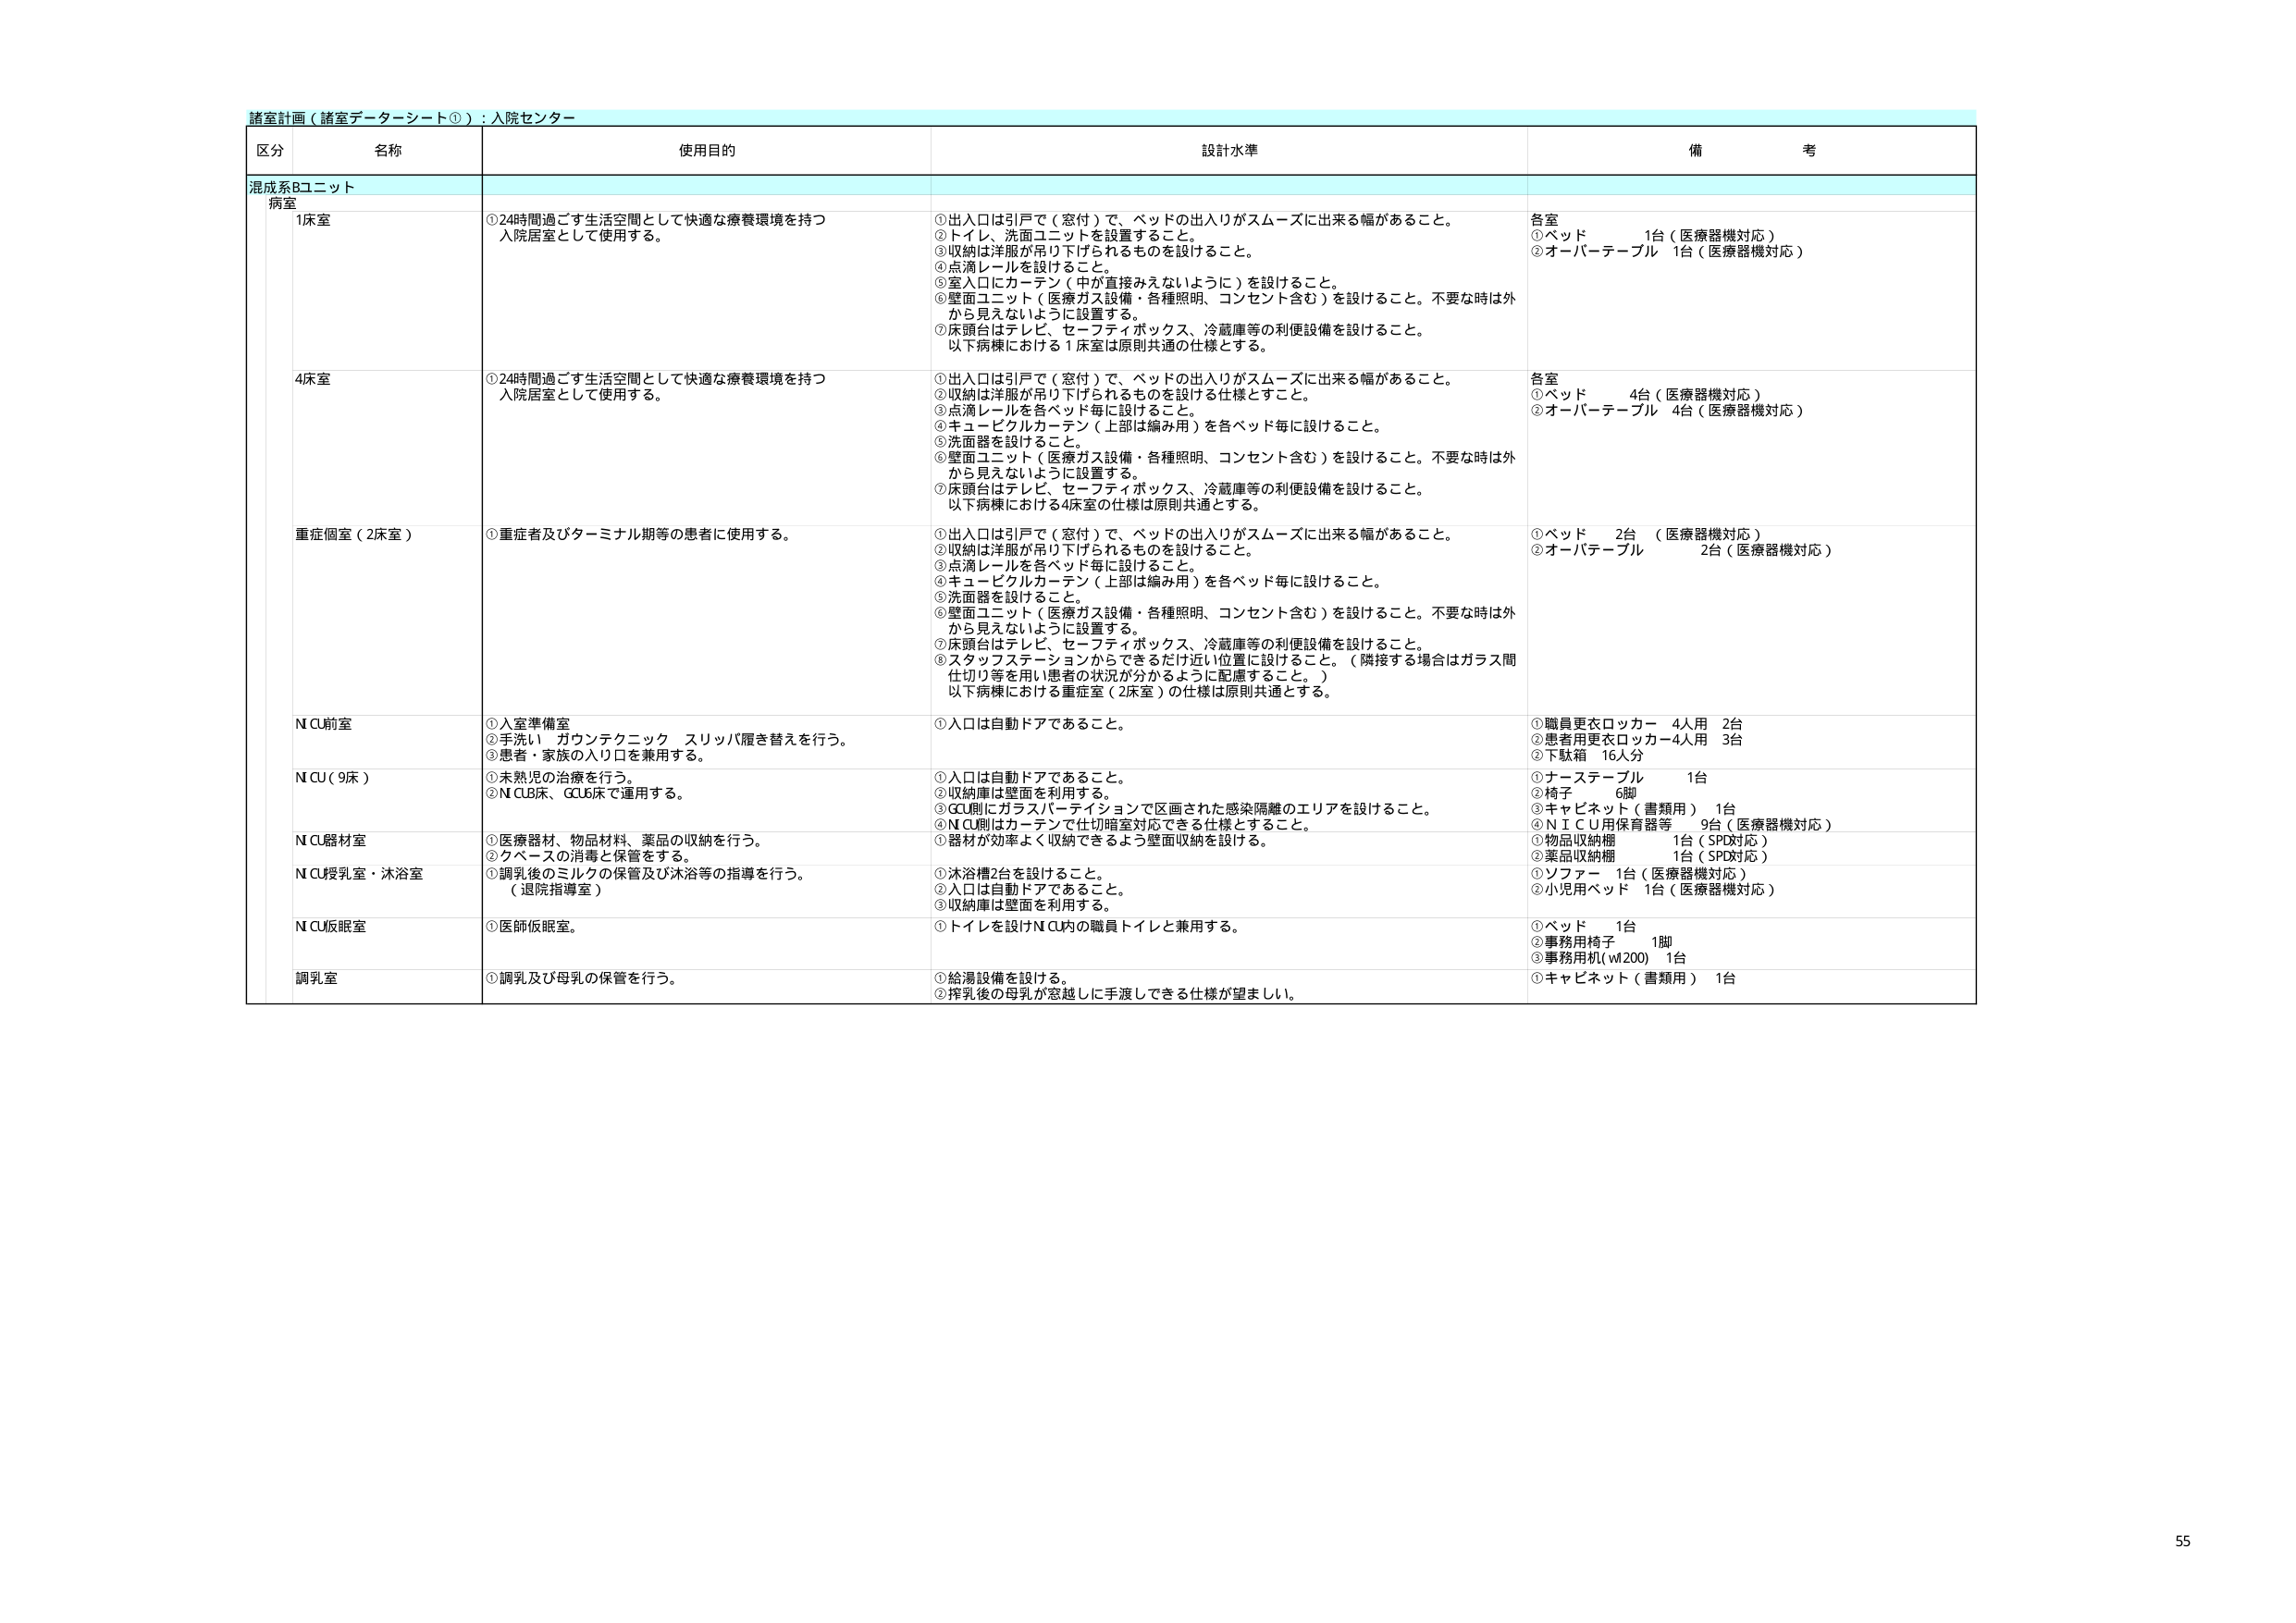
諸室計画（諸室データシート①）：入院センター

区分 名称 使用目的 設計水準 備考

混成系Bユニット
病室

1床室
①24時間過ごす生活空間として快適な療養環境を持つ
入院居室として使用する。
①出入口は引戸で（窓付）で、ベッドの出入りがスムーズに出来る幅があること。
②トイレ、洗面ユニットを設置すること。
③収納は洋服が吊り下げられるものを設けること。
④点滴レールを設けること。
⑤室入口にカーテン（中が直接みえないように）を設けること。
⑥壁面ユニット（医療ガス設備・各種照明、コンセント含む）を設けること。不要な時は外
から見えないように設置する。
⑦床頭台はテレビ、セーフティボックス、冷蔵庫等の利便設備を設けること。
以下病棟における1床室は原則共通の仕様とする。
各室
①ベッド 1台（医療器機対応）
②オーバーテーブル 1台（医療器機対応）

4床室
①24時間過ごす生活空間として快適な療養環境を持つ
入院居室として使用する。
①出入口は引戸で（窓付）で、ベッドの出入りがスムーズに出来る幅があること。
②収納は洋服が吊り下げられるものを設ける仕様とすること。
③点滴レールを各ベッド毎に設けること。
④キュービクルカーテン（上部は編み用）を各ベッド毎に設けること。
⑤洗面器を設けること。
⑥壁面ユニット（医療ガス設備・各種照明、コンセント含む）を設けること。不要な時は外
から見えないように設置する。
⑦床頭台はテレビ、セーフティボックス、冷蔵庫等の利便設備を設けること。
以下病棟における4床室の仕様は原則共通とする。
各室
①ベッド 4台（医療器機対応）
②オーバーテーブル 4台（医療器機対応）

重症個室（2床室）
①重症者及びターミナル期等の患者に使用する。
①出入口は引戸で（窓付）で、ベッドの出入りがスムーズに出来る幅があること。
②収納は洋服が吊り下げられるものを設けること。
③点滴レールを各ベッド毎に設けること。
④キュービクルカーテン（上部は編み用）を各ベッド毎に設けること。
⑤洗面器を設けること。
⑥壁面ユニット（医療ガス設備・各種照明、コンセント含む）を設けること。不要な時は外
から見えないように設置する。
⑦床頭台はテレビ、セーフティボックス、冷蔵庫等の利便設備を設けること。
⑧スタッフステーションからできるだけ近い位置に設けること。（隣接する場合はガラス間
仕切り等を用い患者の状況が分かるように配慮すること。）
以下病棟における重症室（2床室）の仕様は原則共通とする。
①ベッド 2台（医療器機対応）
②オーバーテーブル 2台（医療器機対応）

N CU前室
①入室準備室
②手洗い ガウンテクニック スリッパ履き替えを行う。
③患者・家族の入り口を兼用する。
①入口は自動ドアであること。
①職員更衣ロッカー 4人用 2台
②患者用更衣ロッカー4人用 3台
③下駄箱 16人分

N CU（9床）
①未熟児の治療を行う。
②N CLB床、GCU6床で運用する。
①入口は自動ドアであること。
②収納庫は壁面を利用する。
③GCU側にガラスパーティションで区画された感染隔離のエリアを設けること。
④N CU側はカーテンで仕切暗室対応できる仕様とすること。
①ナーステーブル 1台
②椅子 6脚
③キャビネット（書類用） 1台
④N I C U用保育器等 9台（医療器機対応）

N CU器材室
①医療器材、物品材料、薬品の収納を行う。
②ケベースの消毒と保管をする。
①器材が効率よく収納できるよう壁面収納を設ける。
①物品収納棚 1台（SPD対応）
②薬品収納棚 1台（SPD対応）

N CU授乳室・沐浴室
①調乳後のミルクの保管及び沐浴等の指導を行う。
（退院指導室）
①沐浴槽2台を設けること。
②入口は自動ドアであること。
③収納庫は壁面を利用する。
①ソファー 1台（医療器機対応）
②小児用ベッド 1台（医療器機対応）

N CU仮眠室
①医師仮眠室。
①トイレを設けN CU内の職員トイレと兼用する。
①ベッド 1台
②事務用椅子 1脚
③事務用机（w1200）1台

調乳室
①調乳及び母乳の保管を行う。
①給湯設備を設ける。
②搾乳後の母乳が窓越しに手渡しできる仕様が望ましい。
①キャビネット（書類用） 1台

55